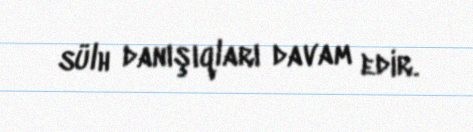
sülh danışıqları davam edir.